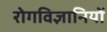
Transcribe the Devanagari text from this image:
रोगविज्ञानियों